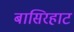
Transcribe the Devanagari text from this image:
बासिरहाट